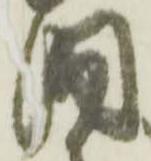
固